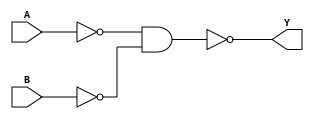
module OR(Y,A,B);
	input A,B;
	output Y;
	wire x,z;
	nand (x,A,A);
	nand (z,B,B);
	nand (Y,x,z);
endmodule